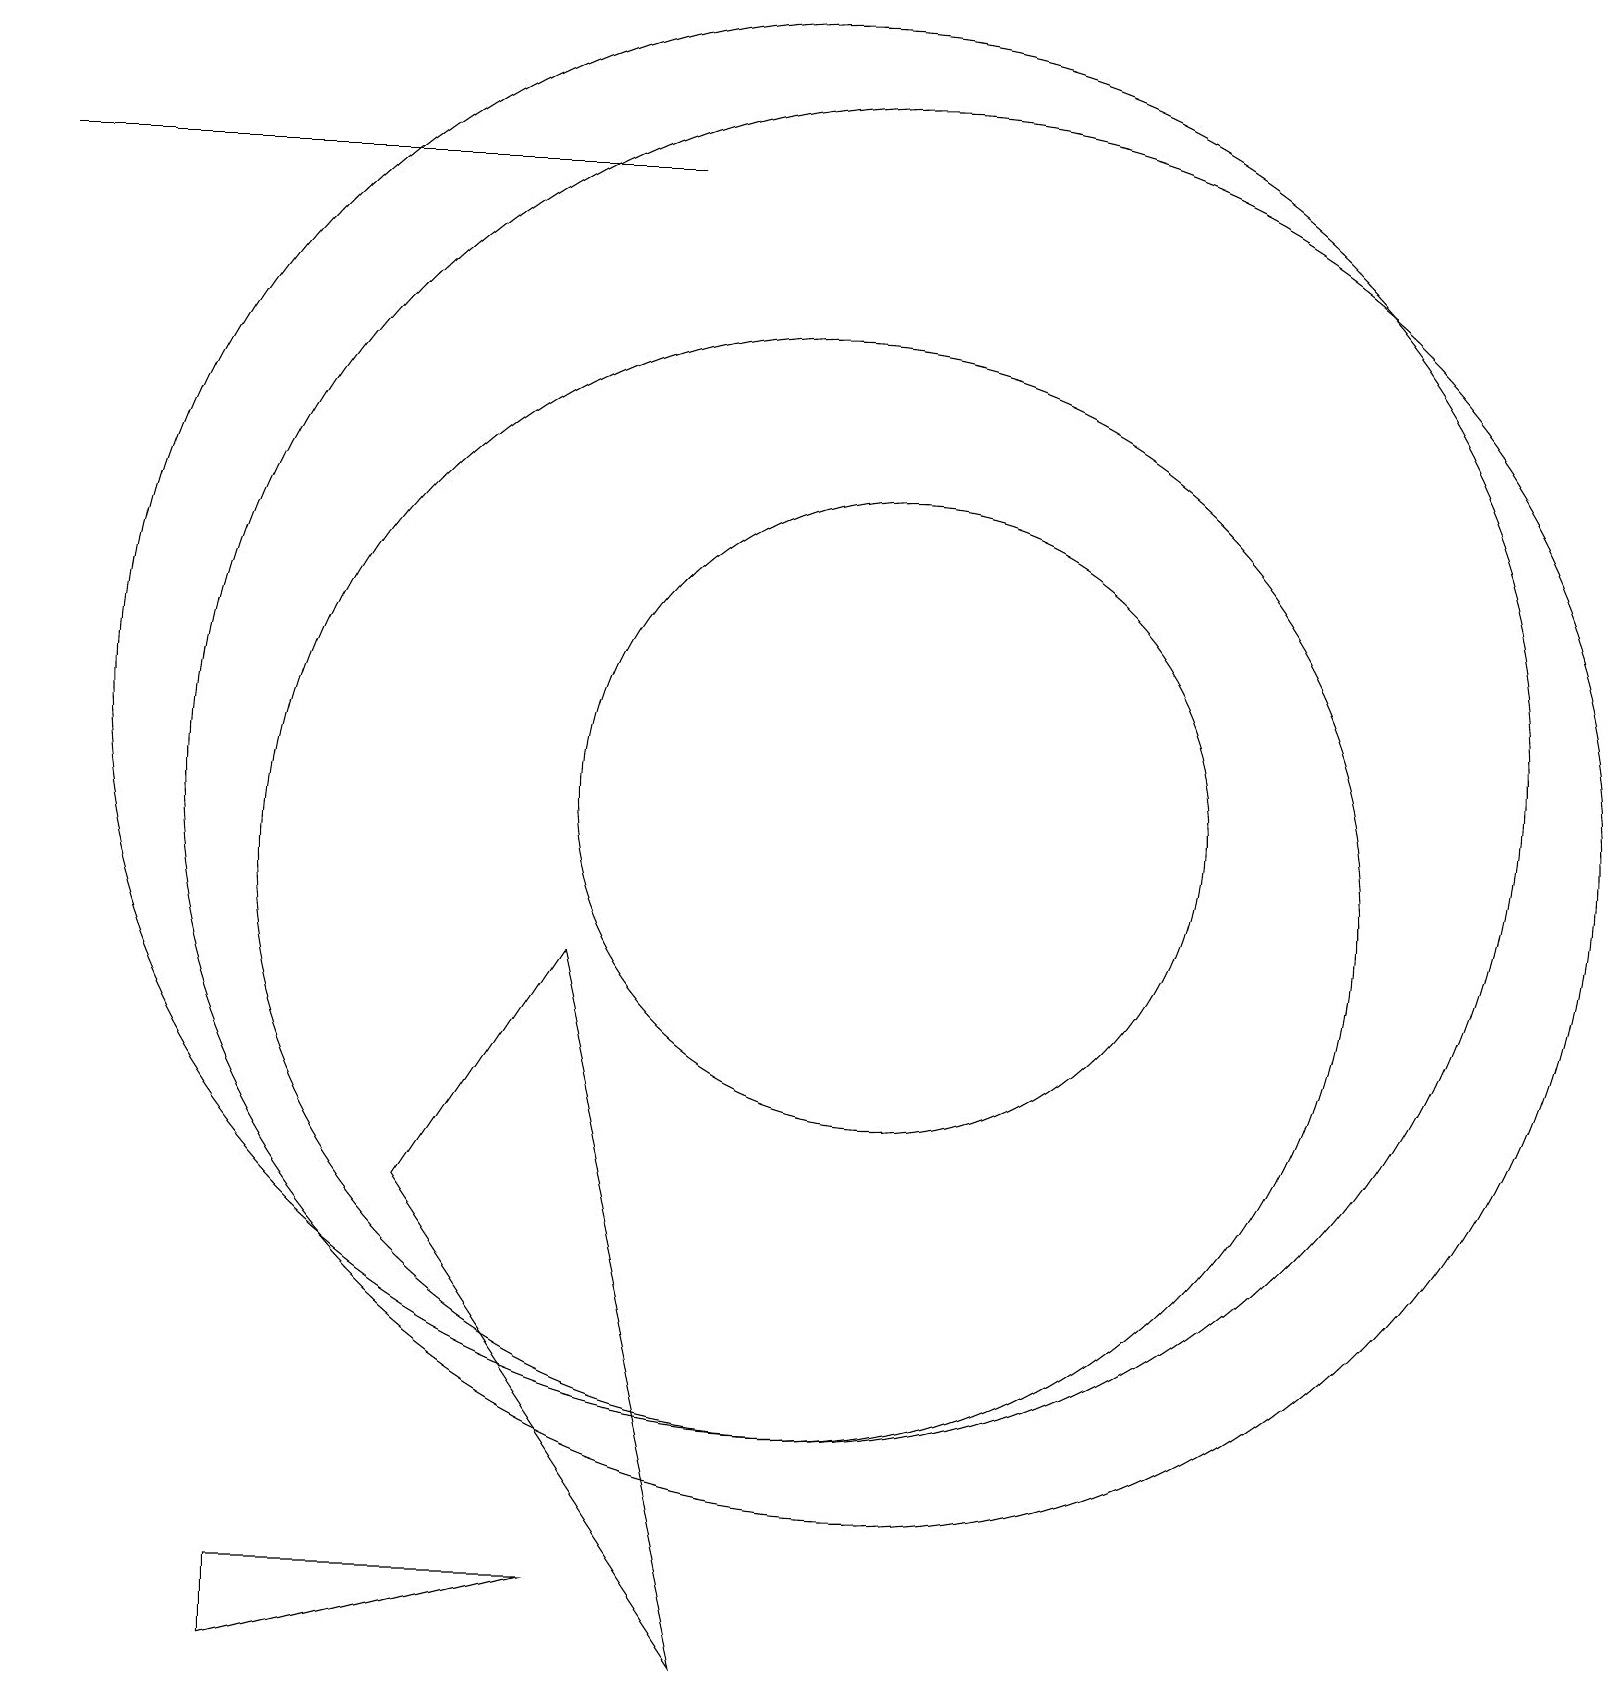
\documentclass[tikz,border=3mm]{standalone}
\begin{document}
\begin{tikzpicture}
\draw (10,10) circle (7);
\draw (11,11) circle (9);
\draw (7,1) -- (3,0) -- (3,1) -- cycle;
\draw (0,19) rectangle (8,19);
\draw (5,6) -- (7,9) -- (9,0) -- cycle;
\draw (10,12) circle (9);
\draw (11,11) circle (4);
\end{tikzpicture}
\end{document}